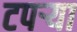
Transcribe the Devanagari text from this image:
टपर्‍या